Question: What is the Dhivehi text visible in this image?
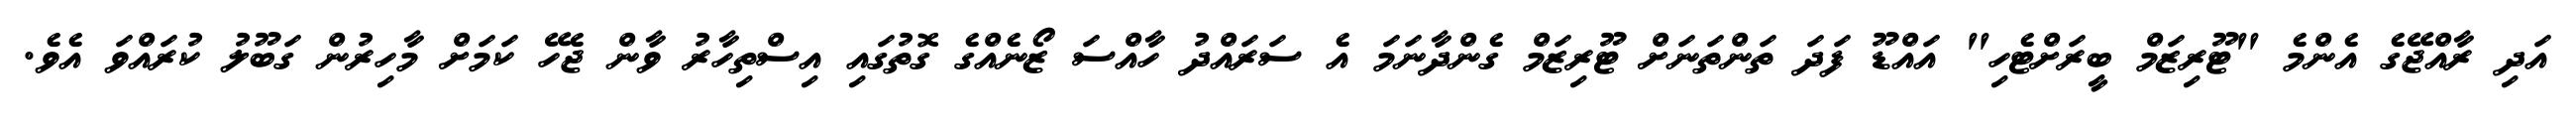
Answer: އަދި ރާއްޖޭގެ އެންމެ "ޓޫރިޒަމް ބީރަށްޓެހި" އައްޑޫ ފަދަ ތަންތަނަށް ޓޫރިޒަމް ގެންދާނަމަ އެ ސަރައްދު ހާއްސަ ޒޯނެއްގެ ގޮތުގައި އިސްތިހާރު ވާން ޖެހޭ ކަމަށް މާހިރުން ގަބޫލު ކުރައްވަ އެވެ.